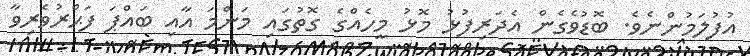
އުފުލަމުންނެވެ. ބޮޑުވެގެން އެދަރިފުޅު މޮޅު މީހެއްގެ ގޮތުގައި މަންމަ އާއި ބައްޕަ ފަޙްރުވެރިވާ